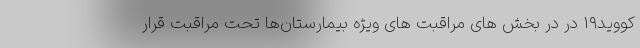
کووید۱۹ در در بخش های مراقبت های ویژه بیمارستان‌ها تحت مراقبت قرار